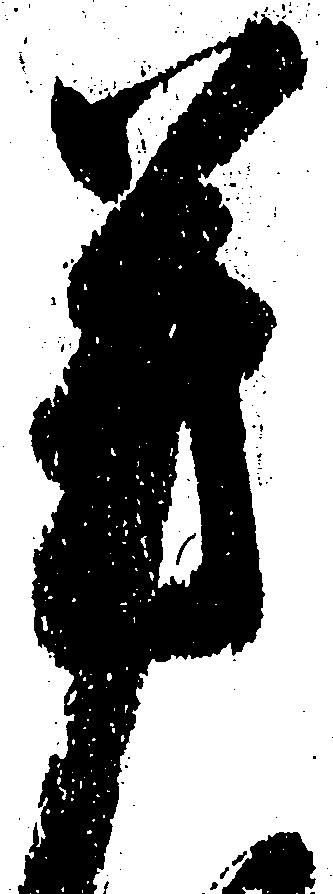
芳